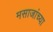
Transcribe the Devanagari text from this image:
मसाजांच्या